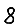
Digit: 8